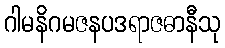
ဂါမနိဂမဇနပဒရာဇဓာနီသု